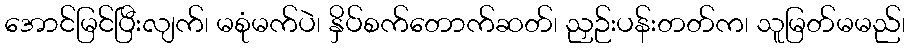
အောင်မြင်ပြီးလျက်၊ မစုံမက်ပဲ၊ နှိပ်စက်တောက်ဆတ်၊ ညှဉ်းပန်းတတ်က၊ သူမြတ်မမည်၊